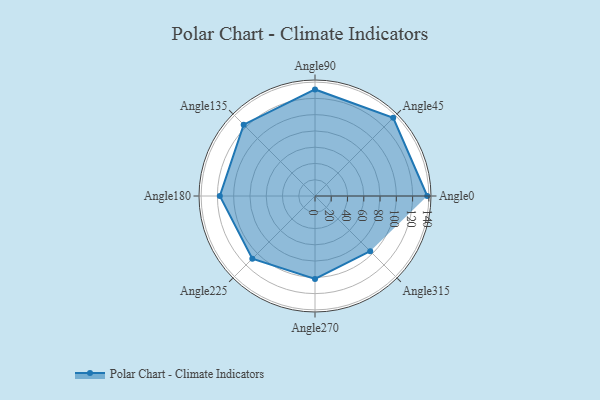
{"axis": {"x": "Angle", "y": "Radius"}, "legend": [""], "data": [{"x": "Angle0", "y": 138.0, "type": ""}, {"x": "Angle45", "y": 136.0, "type": ""}, {"x": "Angle90", "y": 131.0, "type": ""}, {"x": "Angle135", "y": 124.0, "type": ""}, {"x": "Angle180", "y": 117.0, "type": ""}, {"x": "Angle225", "y": 109.0, "type": ""}, {"x": "Angle270", "y": 102.0, "type": ""}, {"x": "Angle315", "y": 96.0, "type": ""}]}